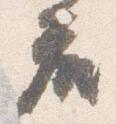
座